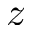
z